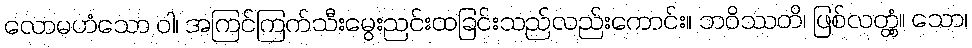
လောမဟံသော ဝါ၊ အကြင်ကြက်သီးမွေးညင်းထခြင်းသည်လည်းကောင်း။ ဘဝိဿတိ၊ ဖြစ်လတ္တံ့။ သော၊